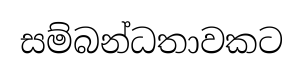
සම්බන්ධතාවකට